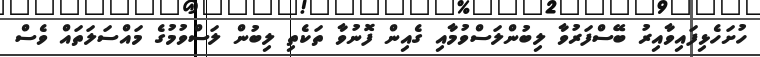
ހުށަހެޅިފައިވާއިރު ބޭސްފަރުވާ ލިބުންލަސްވުމާއި ގެއިން ފޮނުވާ ތަކެތި ލިބުން ލަސްވުމުގެ މައްސަލަތައް ވެސް